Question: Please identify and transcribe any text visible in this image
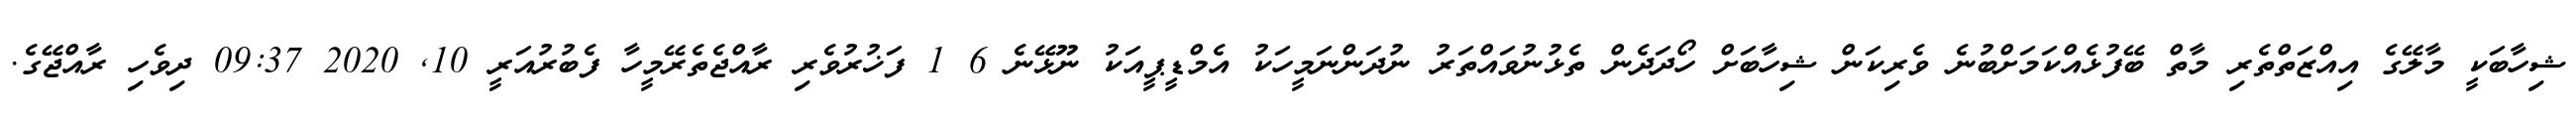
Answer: ޝިހާބަކީ މާލޭގެ އިއްޒަތްތެރި މާތް ބޭފުޅެއްކަމަށްބުނެ ވެރިކަން ޝިހާބަށް ހޯދަދެން ތެޅުނުވައްތަރު ނުދަންނަމީހަކު އެމްޑީޕީއަކު ނޫޅޭނެ 6 1 ފަޚުރުވެރި ރާއްޖެތެރޭމީހާ ފެބުރުއަރީ 10, 2020 09:37 ދިވެހި ރާއްޖޭގެ.